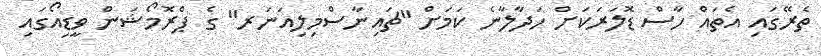
ތެރޭގައި އެތައް ހާސް ޑޮލަރަކަށް ހަދާލާނެ ކަމަށް "ޗައިނާސްމިލިއަނަރ" ގެ ޕްރޮމޯޝަން ވީޑިއޯގައި